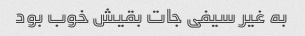
به غیر سیفی جات بقیش خوب بود